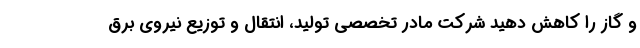
و گاز را کاهش دهید شرکت مادر تخصصی تولید، انتقال و توزیع نیروی برق